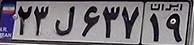
۲۳ل۶۳۷۱۹